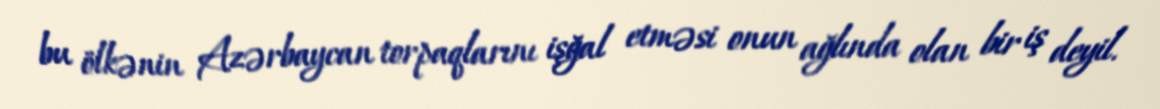
bu ölkənin Azərbaycan torpaqlarını işğal etməsi onun ağlında olan bir iş deyil.